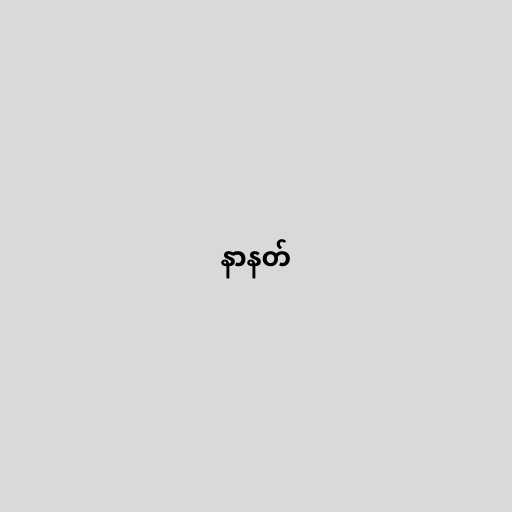
နာနတ်